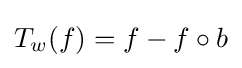
T_{w}(f)=f-f\circ b